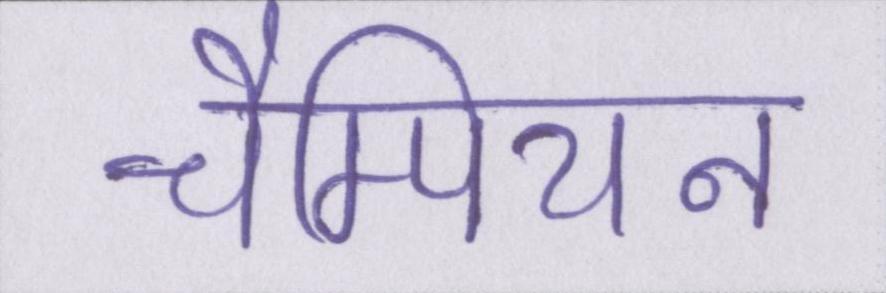
चैम्पियन